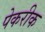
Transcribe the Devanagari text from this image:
पेकरीक